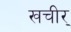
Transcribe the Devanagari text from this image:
खचीर्